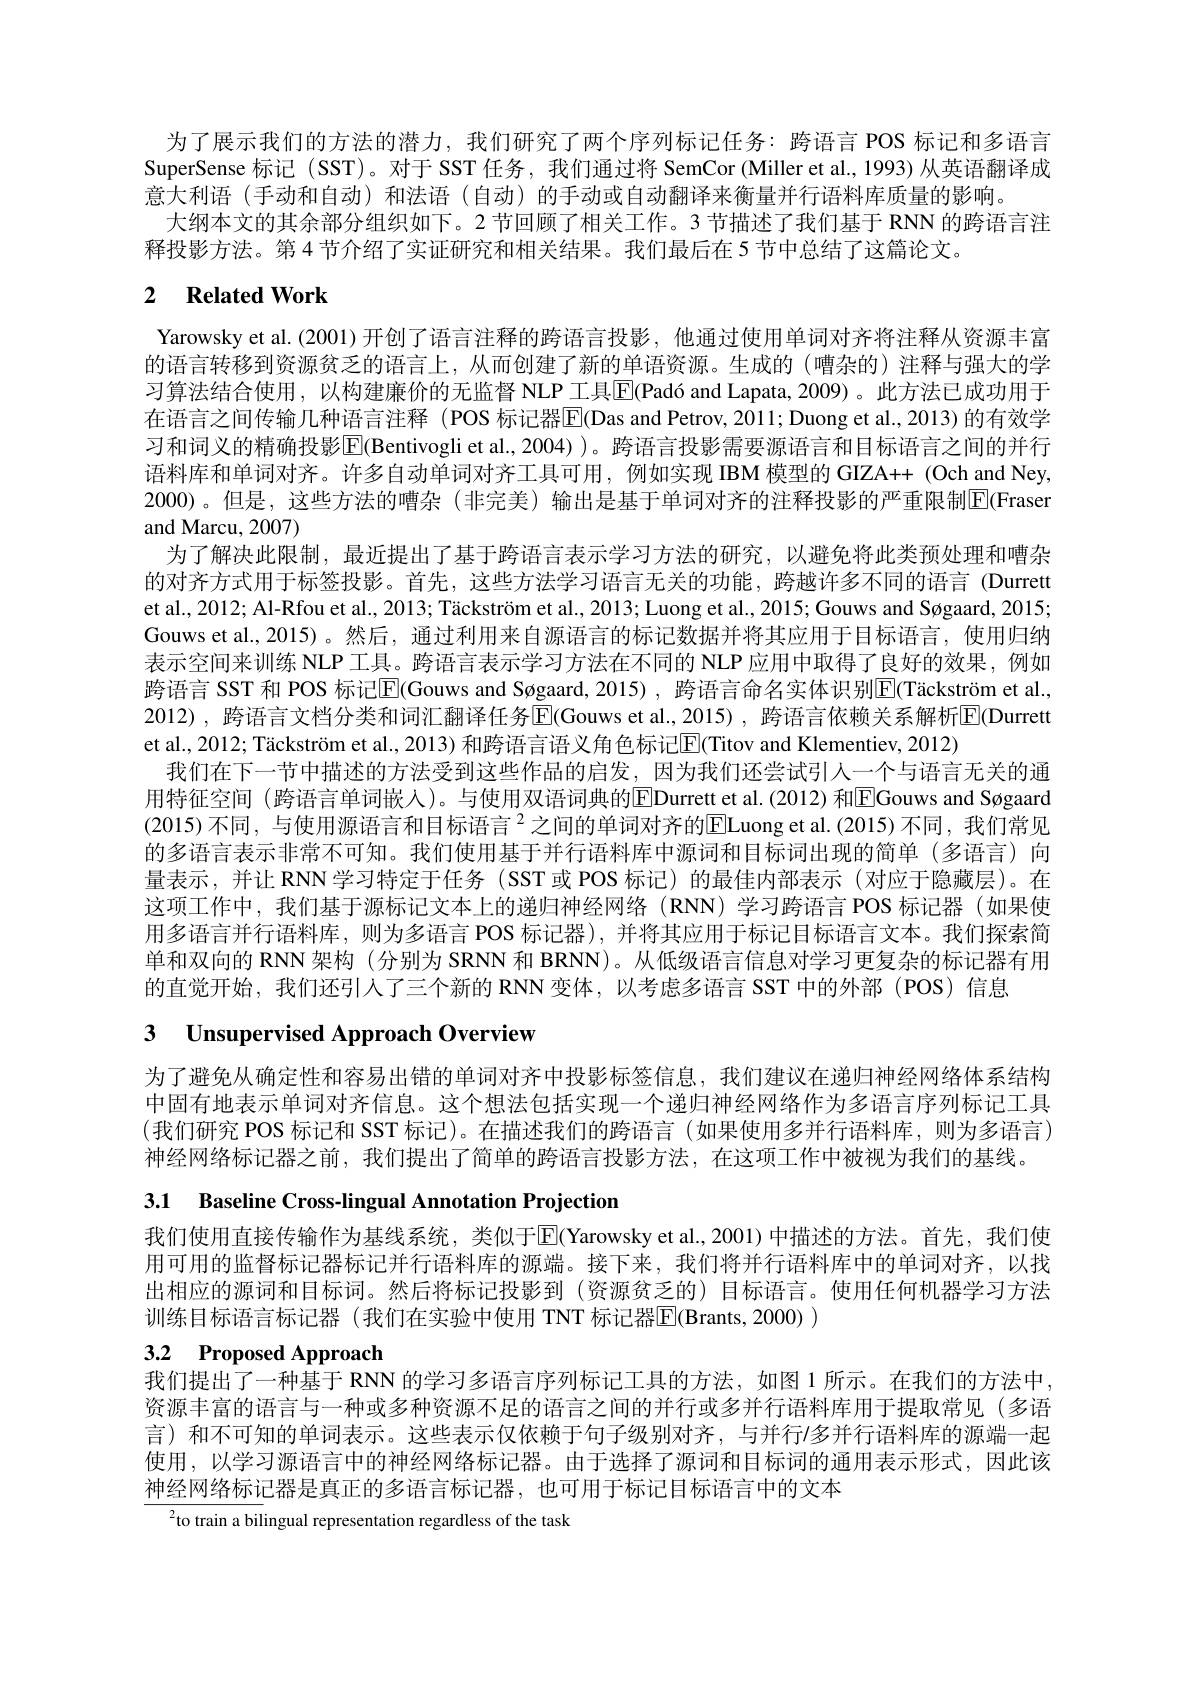
为了展示我们的方法的潜力，我们研究了两个序列标记任务：跨语言 POS 标记和多语言SuperSense 标记(SST)。对于 SST 任务，我们通过将 SemCor (Miller et al., 1993) 从英语翻译成意大利语 (手动和自动)和法语 (自动)的手动或自动翻译来衡量并行语料库质量的影响。
大纲本文的其余部分组织如下。2 节回顾了相关工作。3 节描述了我们基于 RNN 的跨语言注
释投影方法。第 4 节介绍了实证研究和相关结果。我们最后在 5 节中总结了这篇论文。

# 2 Related Work

Yarowsky et al. (2001) 开创了语言注释的跨语言投影，他通过使用单词对齐将注释从资源丰富的语言转移到资源贫乏的语言上，从而创建了新的单语资源。生成的(嘈杂的)注释与强大的学习算法结合使用，以构建廉价的无监督 NLP 工具$\mathbb{E} ( \text{Pad\' {o}andLapata, 2009) 。此 方 法 已 成 功 用 于 }$ 在语言之间传输几种语言注释 (POS 标记器E(Das and Petrov, 2011; Duong et al., 2013) 的有效学习和词义的精确投影$\overline{\mathbb{E}}($Bentivogli et al.,2004) )。跨语言投影需要源语言和目标语言之间的并行语料库和单词对齐。许多自动单词对齐工具可用，例如实现 IBM 模型的 GIZA++ (Och and Ney, 2000)。但是，这些方法的嘈杂(非完美)输出是基于单词对齐的注释投影的严重限制|E|(Fraser and Marcu, 2007)
为了解决此限制，最近提出了基于跨语言表示学习方法的研究，以避免将此类预处理和嘈杂的对齐方式用于标签投影。首先，这些方法学习语言无关的功能，跨越许多不同的语言 (Durrett et al., 2012; Al-Rfou et al., 2013; Täckström et al., 2013; Luong et al., 2015; Gouws and Søgaard, 2015; Gouws et al.,2015)。然后，通过利用来自源语言的标记数据并将其应用于目标语言，使用归纳表示空间来训练 NLP 工具。跨语言表示学习方法在不同的 NLP 应用中取得了良好的效果，例如跨语言 SST 和 POS 标记$|\mathbb{E}|($Gouws and Søgaard, 2015), 跨语言命名实体识别E(Täckström et al., 2012), 跨语言文档分类和词汇翻译任务$\operatorname{E}($Gouws et al.,2015), 跨语言依赖关系解析$\operatorname{E}($Durrett et al., 2012; Täckström et al., 2013) 和跨语言语义角色标记$\mathbb{E}($Titov and Klementiev, 2012)
我们在下一节中描述的方法受到这些作品的启发，因为我们还尝试引人一个与语言无关的通用特征空间(跨语言单词嵌人)。与使用双语词典的EDurrett et al.(2012) 和|EGouws and Søgaard (2015) 不同，与使用源语言和目标语言$^{2}$之间的单词对齐的ELuong et al.(2015)不同，我们常见的多语言表示非常不可知。我们使用基于并行语料库中源词和目标词出现的简单(多语言)向量表示，并让 RNN学习特定于任务 (SST 或 POS 标记) 的最佳内部表示 (对应于隐藏层)。在这项工作中，我们基于源标记文本上的递归神经网络(RNN)学习跨语言POS 标记器(如果使用多语言并行语料库，则为多语言 POS 标记器),并将其应用于标记目标语言文本。我们探索简单和双向的 RNN 架构(分别为 SRNN 和 BRNN)。从低级语言信息对学习更复杂的标记器有用的直觉开始，我们还引人了三个新的 RNN 变体，以考虑多语言 SST 中的外部 (POS) 信息

# 3 Unsupervised Approach Overview

为了避免从确定性和容易出错的单词对齐中投影标签信息，我们建议在递归神经网络体系结构中固有地表示单词对齐信息。这个想法包括实现一个递归神经网络作为多语言序列标记工具(我们研究 POS 标记和 SST 标记)。在描述我们的跨语言(如果使用多并行语料库，则为多语言) 神经网络标记器之前，我们提出了简单的跨语言投影方法，在这项工作中被视为我们的基线。

3.1 Baseline Cross-lingual Annotation Projection

我们使用直接传输作为基线系统，类似于$\mathbb{E}|$(Yarowsky et al.,2001)中描述的方法。首先，我们使用可用的监督标记器标记并行语料库的源端。接下来，我们将并行语料库中的单词对齐，以找出相应的源词和目标词。然后将标记投影到(资源贫乏的) 目标语言。使用任何机器学习方法训练目标语言标记器(我们在实验中使用 TNT 标记器E$( Brants, 2000) )$

# 3.2 Proposed Approach

我们提出了一种基于 RNN 的学习多语言序列标记工具的方法，如图 1 所示。在我们的方法中， 资源丰富的语言与一种或多种资源不足的语言之间的并行或多并行语料库用于提取常见(多语言)和不可知的单词表示。这些表示仅依赖于句子级别对齐，与并行/多并行语料库的源端一起使用，以学习源语言中的神经网络标记器。由于选择了源词和目标词的通用表示形式，因此该神经网络标记器是真正的多语言标记器，也可用于标记目标语言中的文本

$^{2}$to train a bilingual representation regardless of the task